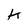
Character: k